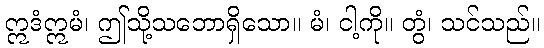
ဣဒံဣမံ၊ ဤသို့သဘောရှိသော။ မံ၊ ငါ့ကို။ တွံ၊ သင်သည်။